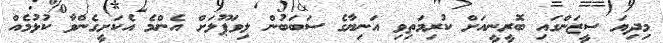
މިދިޔަ ސީޒަންގައި ބޮރީނީއަށް ކުރިމަތިވި އަނިޔާގެ ސަބަބުން ލިވަޕޫލަށް އެންމެ އެކަށީގެންވާ ކުޅުމެއް